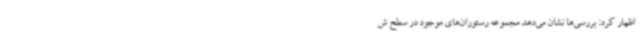
اظهار کرد: بررسی‌ها نشان می‌دهد مجموعه رستوران‌های موجود در سطح ش